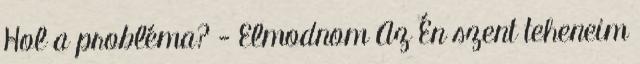
Hol a probléma? - Elmodnom Az Én szent teheneim